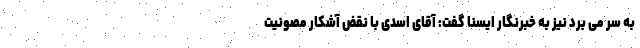
به سر می برد نیز به خبرنگار ایسنا گفت: آقای اسدی با نقض آشکار مصونیت